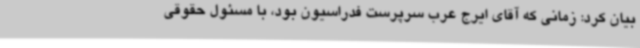
بیان کرد: زمانی که آقای ایرج عرب سرپرست فدراسیون بود، با مسئول حقوقی